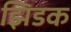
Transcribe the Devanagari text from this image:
झिडक